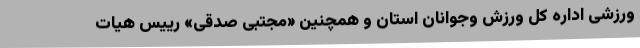
ورزشی اداره کل ورزش وجوانان استان و همچنین «مجتبی صدقی» رییس هیات